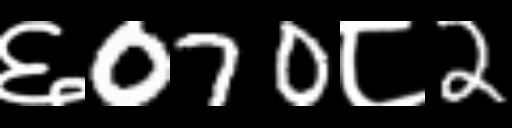
Text: ६070८2